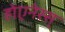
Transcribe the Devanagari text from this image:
होएनेस्स्